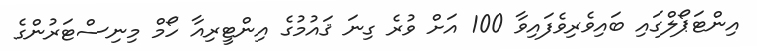
އިންޓަޕޯލްގައި ބައިވެރިވެފައިވާ 100 އަށް ވުރެ ގިނަ ޤައުމުގެ އިންޓީރިއާ ހޯމް މިނިސްޓަރުންގެ